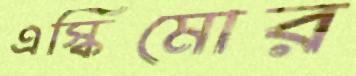
এস্কিমোর